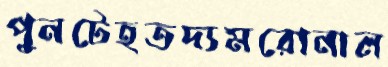
পুনটেহতদ্যমরোনাল